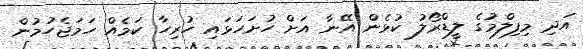
އަދި މިފިލްމުގެ ލީޑްރޯލު ކުޅެން އޭނާ އަށް ހުށަހަޅައި ހުރިހާ ކަމެއް ހަމަޖެހުމުން